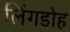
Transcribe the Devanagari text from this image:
लिंगडोह